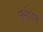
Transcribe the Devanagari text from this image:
पूर्वठंड़क